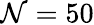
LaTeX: \mathcal{N}=50